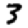
Digit: 3